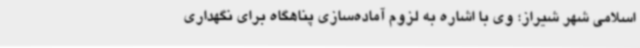
اسلامی شهر شیراز؛ وی با اشاره به لزوم آماده‌سازی پناهگاه برای نگهداری